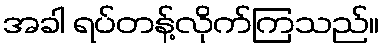
အခါ ရပ်တန့်လိုက်ကြသည်။